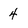
Character: 4